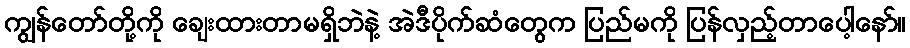
ကျွန်တော်တို့ကို ချေးထားတာမရှိဘဲနဲ့ အဲဒီပိုက်ဆံတွေက ပြည်မကို ပြန်လှည့်တာပေါ့နော်။